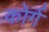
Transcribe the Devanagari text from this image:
कोर्ग